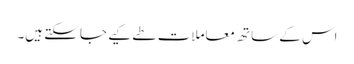
اس کے ساتھ معاملات طے کیے جا سکتے ہیں۔